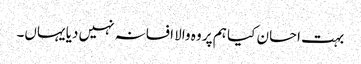
بہت احسان کیا ہم پر وہ والا افسانہ نہیں دیا یہاں۔